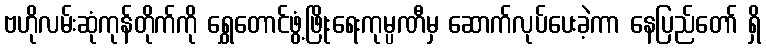
ဗဟိုလမ်းဆုံကုန်တိုက်ကို ရွှေတောင်ဖွံ့ဖြိုးရေးကုမ္ပဏီမှ ဆောက်လုပ်ပေးခဲ့ကာ နေပြည်တော် ရှိ